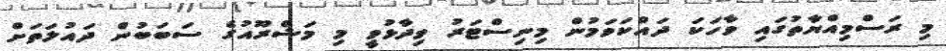
މި ރަސްމިއްޔާތުގައި ވާހަކަ ދައްކަވަމުން މިނިސްޓަރު ވިދާޅުވީ މި މަޝްރޫއުގެ ސަބަބުން ދައުލަތަށް